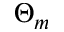
\Theta _ { m }